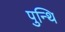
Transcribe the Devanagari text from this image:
पुन्थि